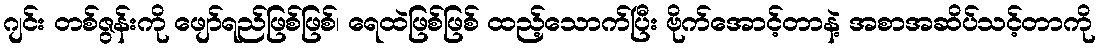
ဂျင်း တစ်ဇွန်းကို ဖျော်ရည်ဖြစ်ဖြစ်၊ ရေထဲဖြစ်ဖြစ် ထည့်သောက်ပြီး ဗိုက်အောင့်တာနဲ့ အစာအဆိပ်သင့်တာကို